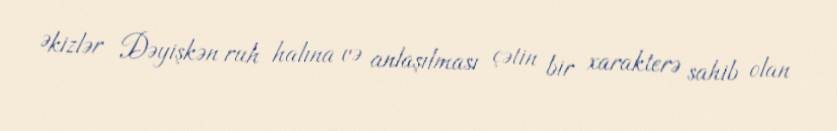
Əkizlər Dəyişkən ruh halına və anlaşılması çətin bir xarakterə sahib olan